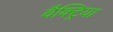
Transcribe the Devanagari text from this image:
वैक्ट्रिया